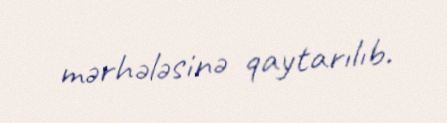
mərhələsinə qaytarılıb.